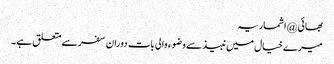
بھائی @اشماریہ
میرے خیال میں نبیذ سے وضوء والی بات دوران سفر سے متعلق ہے۔